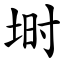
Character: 埘